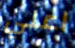
اعلي